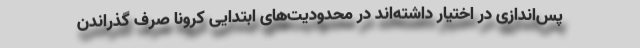
پس‌اندازی در اختیار داشته‌اند در محدودیت‌های ابتدایی کرونا صرف گذراندن